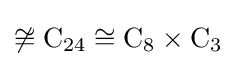
\not \cong \mathrm {C} _{24}\cong \mathrm {C} _{8}\times \mathrm {C} _{3}